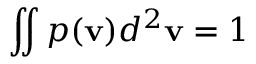
\iint { p ( \bf { v } ) } { { d } ^ { 2 } } { \bf v } = 1